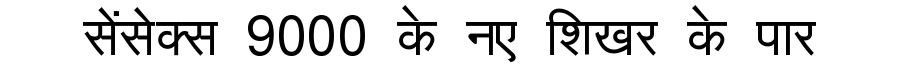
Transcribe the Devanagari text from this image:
सेंसेक्स 9000 के नए शिखर के पार